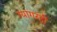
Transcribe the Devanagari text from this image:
ग्यागरहीं